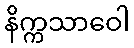
နိက္ကသာဝေါ